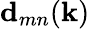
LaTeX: \textbf{d}_{mn}({\textbf{k}})